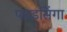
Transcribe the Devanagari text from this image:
पारडसिंगा